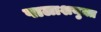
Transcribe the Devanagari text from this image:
पालाशयुक्त